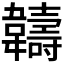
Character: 𬰯